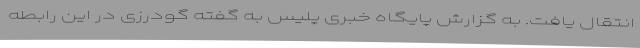
انتقال یافت. به گزارش پایگاه خبری پلیس به گفته گودرزی در این رابطه